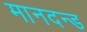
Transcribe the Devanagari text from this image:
मानदन्ड